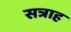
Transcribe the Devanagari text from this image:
सत्राह